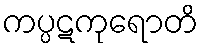
ကပ္ပဋကုရောတိ